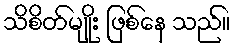
သိစိတ်မျိုး ဖြစ်နေ သည်။